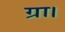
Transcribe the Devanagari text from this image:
ग्रा।